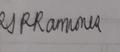
Signature authenticity: genuine